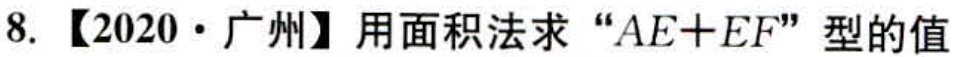
8. 【2020·广州】用面积法求 “\(AE + EF\)” 型的值